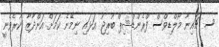
ސ. ޗައިނާ މޯލްޑިވްސް ފްރެންޑްޝިޕް ބުރިޖު އަޅައި ނިމޭނެ ކަމަށް އަންދާޒާ ކުރެވެނީ